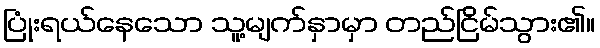
ပြုံးရယ်နေသော သူ့မျက်နှာမှာ တည်ငြိမ်သွား၏။